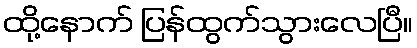
ထို့နောက် ပြန်ထွက်သွားလေပြီ။